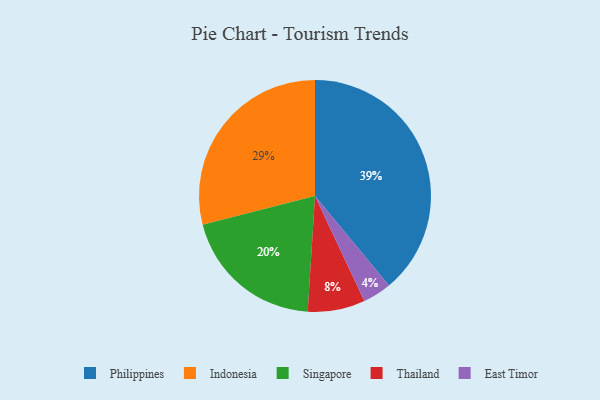
{"axis": {"x": "Category", "y": "Percentage"}, "legend": ["East Timor", "Indonesia", "Philippines", "Singapore", "Thailand"], "data": [{"x": "East Timor", "y": 4, "type": "East Timor"}, {"x": "Philippines", "y": 39, "type": "Philippines"}, {"x": "Thailand", "y": 8, "type": "Thailand"}, {"x": "Indonesia", "y": 29, "type": "Indonesia"}, {"x": "Singapore", "y": 20, "type": "Singapore"}]}